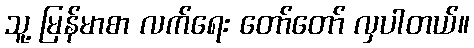
သူ့ မြန်မာစာ လက်ရေး တော်တော် လှပါတယ်။